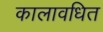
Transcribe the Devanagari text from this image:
कालावधित